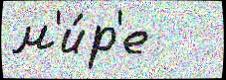
м'и́р'е